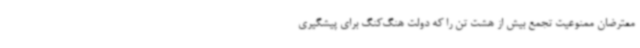
معترضان ممنوعیت تجمع بیش از هشت تن را که دولت هنگ‌کنگ برای پیشگیری